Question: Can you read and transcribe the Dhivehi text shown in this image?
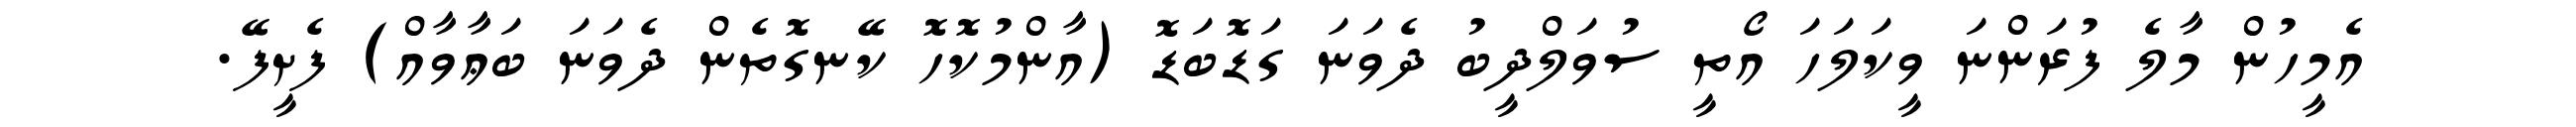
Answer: އެމީހުން މާލެ ފުރަންނަ ވީކަލަހަ އޯތީ ސުވަލްދީބު ދެވަނަ ގަޑޮބަޑޮ (އާންމުކޮހޮ ކޭނގޮތެން ދެވަނަ ބަޢާވާއް) ފެށީފޭ.